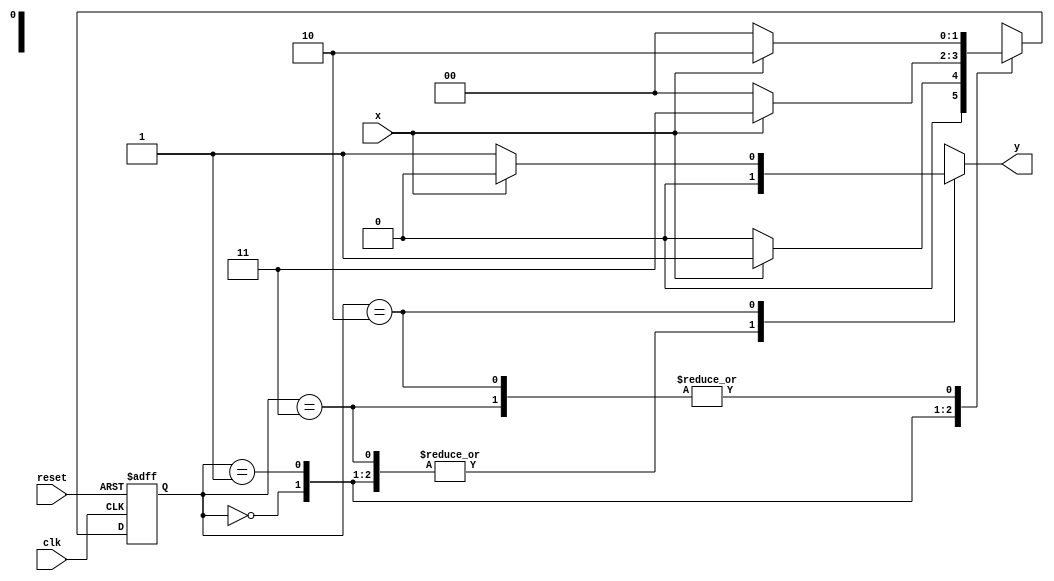
// ------------------------- 
// Mealy 1110 
// Nome: Ana Cristina Pereira Teixeira
// -------------------------

// -------------- 
// --- Mealy FSM 
// -------------- 

/* 
           Mealy FSM Diagram 
          __________________ 
         /                  \ 
       1 v   0         0    1 | // found 
[start]--->[id1]--->[id11]--->[id110] 
  ^ \0     0 |       1 / ^   0 | // not found 
  \_/       /        \__/      |
   \_______/                  / 
    \                        / 
     \______________________/ 
*/ 

// constant definitions 
   `define found 1 
   `define notfound 0 
	
// FSM by Mealy 
    module mealy1110 ( y, x, clk, reset ); 
      output y; 
      input x; 
      input clk; 
      input reset; 

      reg y; 
		
    parameter // state identifiers 
      start = 2'b00, 
      id1 = 2'b01, 
      id11 = 2'b11, 
      id110 = 2'b10; 
		
   reg [1:0] E1; // current state variables 
   reg [1:0] E2; // next state logic output
	 
// next state logic 
   always @( x or E1 ) 
	
   begin 
   y = `notfound; 
   case ( E1 ) 
   start: 
    if ( x ) 
      E2 = id1; 
    else 
      E2 = start; 
   id1: 
    if ( x ) 
      E2 = id11; 
    else 
      E2 = start; 
   id11: 
    if ( x ) 
      E2 = id110; 
    else 
      E2 = start; 
   id110: 
    if ( x ) 
      begin 
      E2 = id110; 
      y = `notfound; 
      end
    else 
      begin 
      E2 = start; 
      y = `found; 
      end 
		
    default: // undefined state 
      E2 = 2'bxx; 
    endcase 
    end // always at signal or state changing 

// state variables 
     always @( posedge clk or negedge reset ) 
     begin 
      if ( reset ) 
       E1 = E2; // updates current state 
      else 
       E1 = 0; // reset 
      end // always at signal changing 
     
	   endmodule // mealy1110